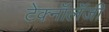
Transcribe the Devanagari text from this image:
टेक्नॉलॅजी